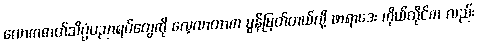
လောကဓာတ်သိပ္ပံပညာရပ်တွေကို လေ့လာတာက မွန်မြတ်တယ်လို့ ဖာရာဒေး ကိုယ်တိုင်က လည်း